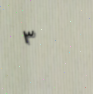
٣